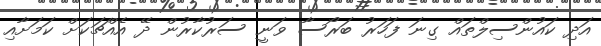
އަދި ކައުންސިލްތައް ގިނަ ފަހަރު ބަރޯސާ ވަނީ ސަރުކާރުން ދޭ އެއްޗަކަށް ކަަމަށާއި